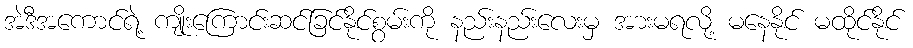
အဲဒီအကောင်ရဲ့ ကျိုးကြောင်းဆင်ခြင်နိုင်စွမ်းကို နည်းနည်းလေးမှ အားမရလို့ မနေနိုင် မထိုင်နိုင်